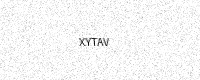
Text: XYTAV